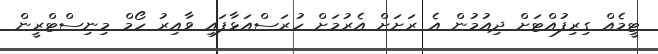
ޓީމެއް ގިރިފުއްޓަށް ދިއުމުން އެ ރަށަށް އެރުމަށް ހުރަސްއަޅާފައި ވާއިރު ހޯމް މިނިސްޓްރީން